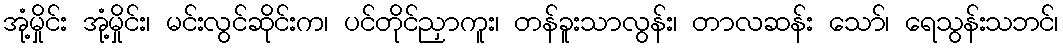
အုံ့မှိုင်း အုံ့မှိုင်း၊ မင်းလွင်ဆိုင်းက၊ ပင်တိုင်ညှာကူး၊ တန်ခူးသာလွန်း၊ တာလဆန်း သော်၊ ရေသွန်းသဘင်၊